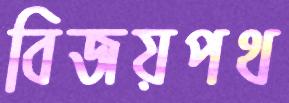
বিজয়পথ